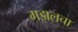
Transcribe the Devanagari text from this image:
गझलचा